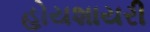
હોયશાયરી